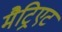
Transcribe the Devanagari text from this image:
मैट्रिएट